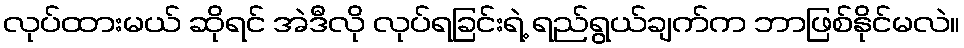
လုပ်ထားမယ် ဆိုရင် အဲဒီလို လုပ်ရခြင်းရဲ့ ရည်ရွယ်ချက်က ဘာဖြစ်နိုင်မလဲ။